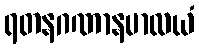
ရတနဂဏာနမာလယံ